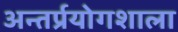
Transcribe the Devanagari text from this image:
अन्तर्प्रयोगशाला